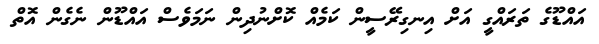
އައްޑޫގެ ތަރައްގީ އަށް އިނގިރޭސީން ކަމެއް ކޮށްނުދިން ނަމަވެސް އައްޑޫން ނެގެން އޮތް